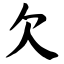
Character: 欠